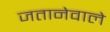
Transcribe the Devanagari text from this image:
जतानेवाले